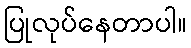
ပြုလုပ်နေတာပါ။